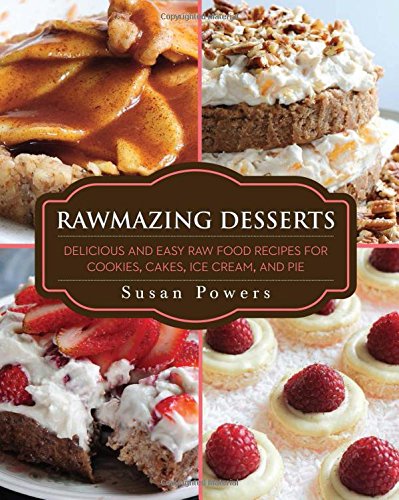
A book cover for Rawmazing Desserts: Delicious and Easy Raw Food Recipes for Cookies, Cakes, Ice Cream, and Pie; Susan Powers; Cookbooks, Food & Wine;